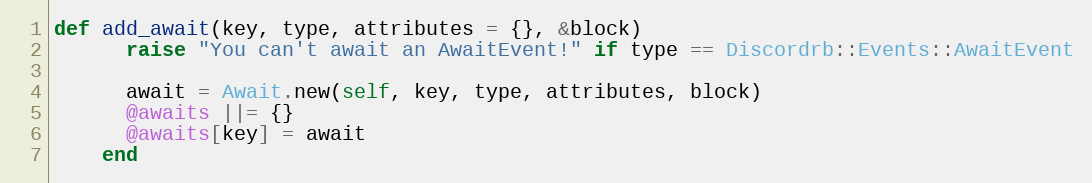
Language: Ruby
def add_await(key, type, attributes = {}, &block)
      raise "You can't await an AwaitEvent!" if type == Discordrb::Events::AwaitEvent

      await = Await.new(self, key, type, attributes, block)
      @awaits ||= {}
      @awaits[key] = await
    end